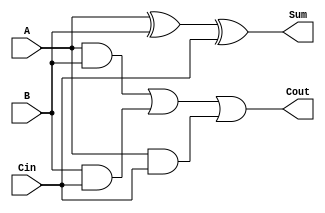
module full_adder(
    input A, 
    input B, 
    input Cin, 
    output reg Sum, 
    output reg Cout
);

    always @(*)
    begin
        Sum = A ^ B ^ Cin; // bitwise xor operation to compute sum
        Cout = (A & B) | (B & Cin) | (A & Cin); // compute carry out
    end

endmodule